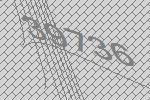
39736